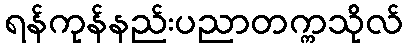
ရန်ကုန်နည်းပညာတက္ကသိုလ်